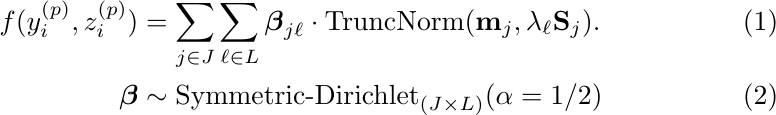
\begin{align}
f(y_{i}^{(p)}, z_{i}^{(p)}) &= \sum_{j \in J} \sum_{\ell \in L} \boldsymbol\beta_{j\ell} \cdot \textrm{TruncNorm}(\mathbf{m}_j, \lambda_\ell \mathbf{S}_j). \\
\boldsymbol\beta &\sim \text {Symmetric-Dirichlet}_{(J\times L)}(\alpha = 1/2)
\end{align}